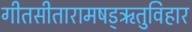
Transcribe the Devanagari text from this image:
गीतसीतारामषड्ऋतुविहार